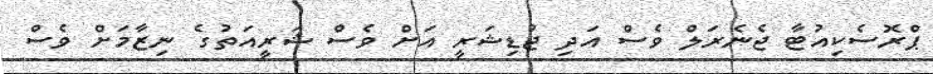
ޕްރޮސެކިއުޓާ ޖެނެރަލް ވެސް އަދި ޖުޑިޝަރީ އަށް ވެސް ޝަރީއަތުގެ ނިޒާމަށް ވެސް